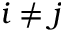
i \neq j